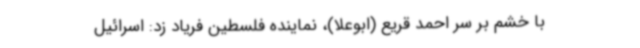
با خشم بر سر احمد قریع (ابوعلا)، نماینده فلسطین فریاد زد: اسرائیل